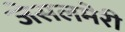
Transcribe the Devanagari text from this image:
जेसलमेरी